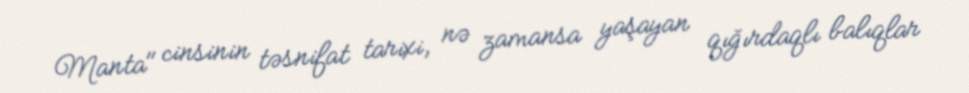
Manta" cinsinin təsnifat tarixi, nə zamansa yaşayan qığırdaqlı balıqlar